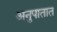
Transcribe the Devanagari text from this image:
अनुपातात